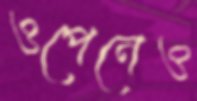
ওপেনেও